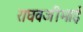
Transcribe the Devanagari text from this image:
राघवजीभाई